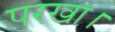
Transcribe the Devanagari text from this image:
परखा।